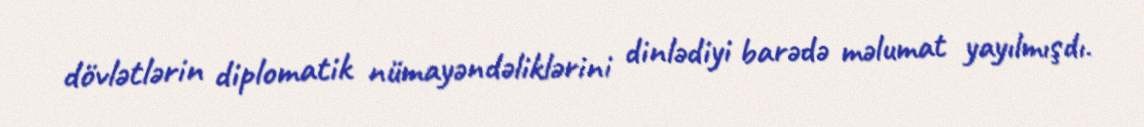
dövlətlərin diplomatik nümayəndəliklərini dinlədiyi barədə məlumat yayılmışdı.